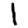
Digit: 1